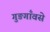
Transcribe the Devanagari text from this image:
गुङगाँवसे